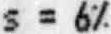
S = 6%